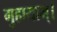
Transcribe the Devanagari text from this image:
गुहायाम्।